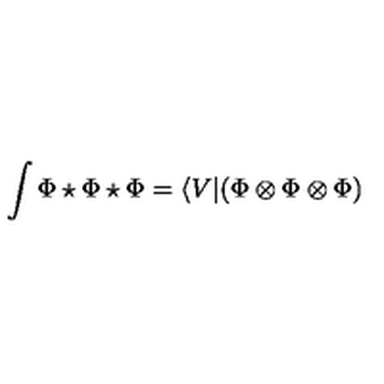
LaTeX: \int \Phi \star \Phi \star \Phi = \langle V | ( \Phi \otimes \Phi \otimes \Phi )